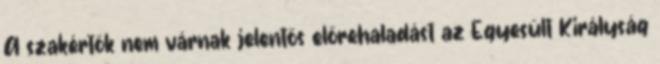
A szakértők nem várnak jelentős előrehaladást az Egyesült Királyság